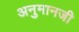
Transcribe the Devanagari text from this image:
अनुमानजी